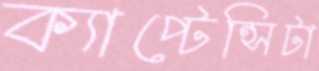
ক্যাপ্টেন্সিটা